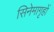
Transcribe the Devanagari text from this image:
सिनेमागृहों